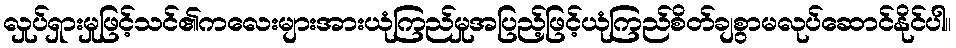
လှုပ်ရှားမှုဖြင့်သင်၏ကလေးများအားယုံကြည်မှုအပြည့်ဖြင့်ယုံကြည်စိတ်ချစွာမလုပ်ဆောင်နိုင်ပါ။